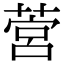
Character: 𦵡